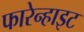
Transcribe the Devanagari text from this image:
फारेन्हाइट